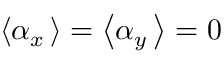
\left\langle \alpha _ { x } \, \right\rangle = \left\langle \alpha _ { y } \, \right\rangle = 0